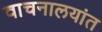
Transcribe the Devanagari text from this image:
वाचनालयांत